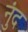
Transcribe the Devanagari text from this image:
नुंद